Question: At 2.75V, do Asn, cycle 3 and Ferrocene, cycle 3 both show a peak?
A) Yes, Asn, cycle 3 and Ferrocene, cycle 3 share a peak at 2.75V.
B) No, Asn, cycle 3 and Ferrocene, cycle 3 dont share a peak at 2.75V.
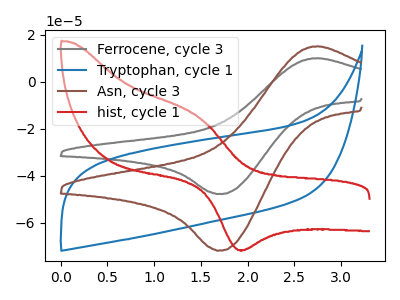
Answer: <think>The gray curve "Ferrocene, cycle 3" has an anodic peak at (2.75V, 10.10uA) and a cathodic peak at (1.70V, -47.80uA). The blue curve "Tryptophan, cycle 1" has no peaks. The brown curve "Asn, cycle 3" has an anodic peak at (2.75V, 15.15uA) and a cathodic peak at (1.70V, -71.90uA). The red curve "hist, cycle 1" has an anodic peak at (1.45V, -14.95uA) and a cathodic peak at (1.95V, -71.60uA).</think>
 <answer>A) Yes, "Asn, cycle 3" and "Ferrocene, cycle 3" share a peak at 2.75V.</answer>
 <eval>A</eval>